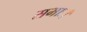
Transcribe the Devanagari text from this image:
सभाः।